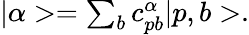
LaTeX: \begin{array}{r}{|\alpha>=\sum_{b}c_{pb}^{\alpha}|p,b>.}\end{array}